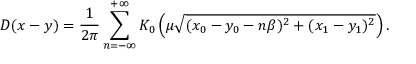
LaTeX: D ( x - y ) = \frac { 1 } { 2 \pi } \sum _ { n = - \infty } ^ { + \infty } K _ { 0 } \left( \mu \sqrt { ( x _ { 0 } - y _ { 0 } - n \beta ) ^ { 2 } + ( x _ { 1 } - y _ { 1 } ) ^ { 2 } } \right) .